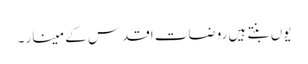
یوں بنتے ہیں روضات اقدس کے مینار ۔